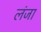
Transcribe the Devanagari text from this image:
लंजा